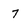
Character: 7